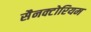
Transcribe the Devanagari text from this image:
सैनक्टोरियम